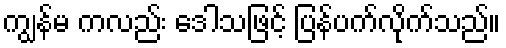
ကျွန်မ ကလည်း ဒေါသဖြင့် ပြန်ပက်လိုက်သည်။